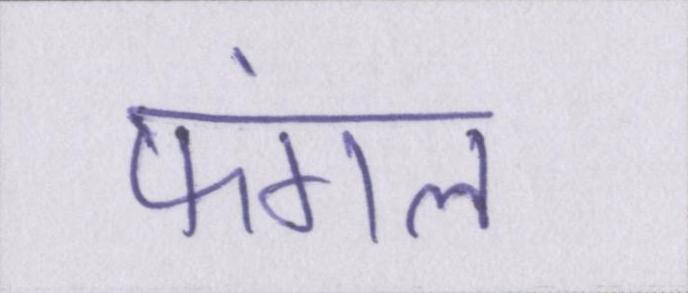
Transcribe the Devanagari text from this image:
फंगल